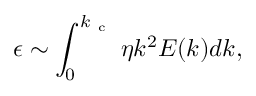
\epsilon \sim \int _ { 0 } ^ { k _ { \mathrm { ~ c ~ } } } \eta k ^ { 2 } E ( k ) d k ,